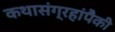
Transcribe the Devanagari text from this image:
कथासंग्रहांपैकी